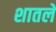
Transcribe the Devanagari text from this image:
शातले